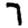
Digit: 7